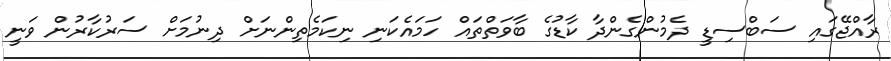
ރާއްޖޭގައި ސަބްސިޑީ ދެމުންގެންދާ ކާޑުގެ ބާވަތްތައް ހަމައެކަނި ނިކަމެތިންނަށް ދިނުމަށް ސަރުކާރުން ވަނީ